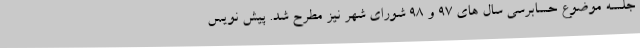
جلسه موضوع حسابرسی سال های 97 و 98 شورای شهر نیز مطرح شد. پیش نویس